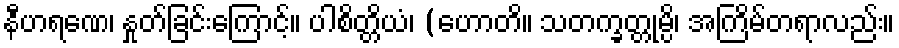
နီဟရဏေ၊ နှုတ်ခြင်းကြောင့်။ ပါစိတ္တိယံ၊ (ဟောတိ။ သတက္ခတ္တုမ္ပိ၊ အကြိမ်တရာလည်း။